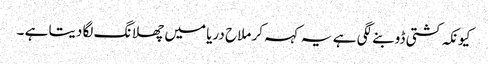
کیونکہ کشتی ڈوبنے لگی ہے یہ کہہ کر ملاح دریا میں چھلانگ لگا دیتا ہے ۔